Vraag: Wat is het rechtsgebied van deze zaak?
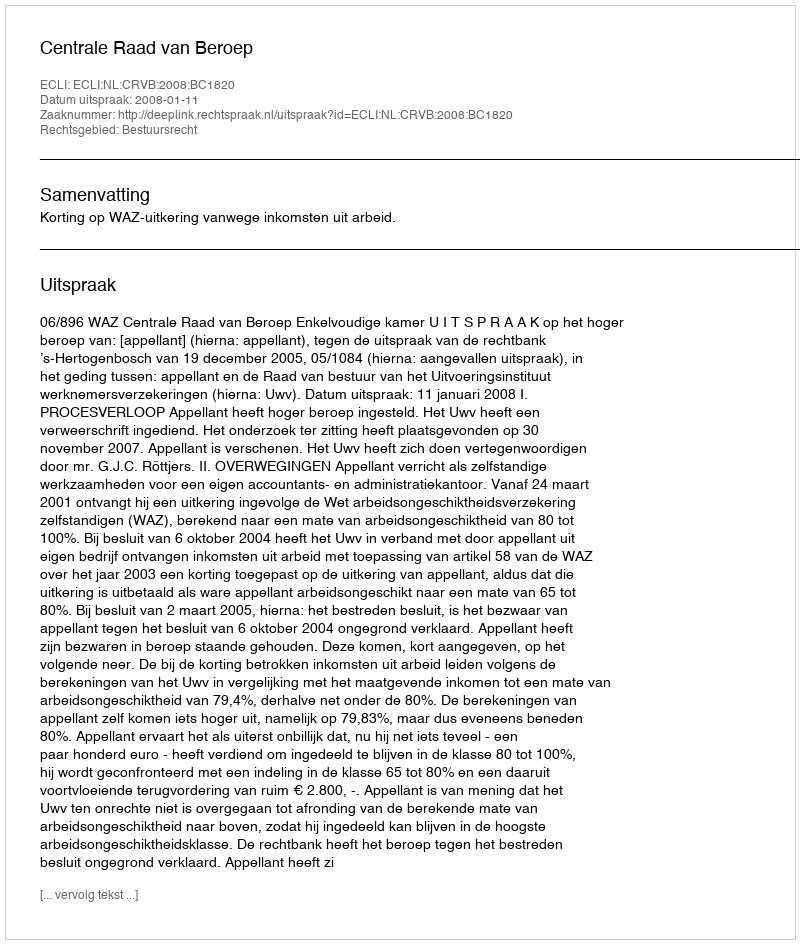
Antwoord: Bestuursrecht